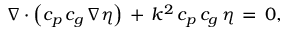
\nabla \cdot \left( c _ { p } \, c _ { g } \, \nabla \eta \right) \, + \, k ^ { 2 } \, c _ { p } \, c _ { g } \, \eta \, = \, 0 ,